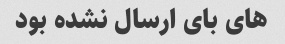
های بای ارسال نشده بود